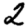
Digit: 2